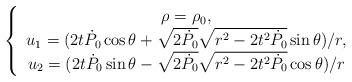
LaTeX: \begin{align*}\left\{\begin{array}[c]{c}\rho=\rho_{0},\\u_{1}=(2t\dot{P}_{0}\cos\theta+\sqrt{2\dot{P}_{0}}\sqrt{r^{2}-2t^{2}\dot{P}_{0}}\sin\theta)/r,\\u_{2}=(2t\dot{P}_{0}\sin\theta-\sqrt{2\dot{P}_{0}}\sqrt{r^{2}-2t^{2}\dot{P}_{0}}\cos\theta)/r\end{array}\right.\end{align*}